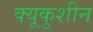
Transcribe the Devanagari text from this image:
क्यूकुशीन